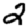
Digit: 2